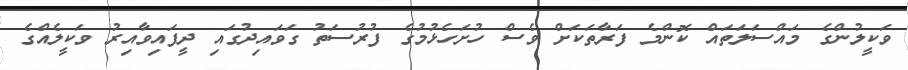
ވަކީލުންގެ މައްސަލަތައް ކޮންމެ ފަރާތަކަށް ވެސް ހުށަހެޅުމުގެ ފުރުސަތު ގަވައިދުގައި ދީފައިވާއިރު ވަކީލެއްގެ